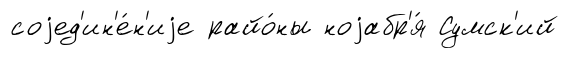
соjед'ин'е́н'иjе райо́ны ноjабр'я́ Сумск'ий